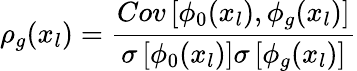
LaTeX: \rho_{g}(x_{l})=\frac{Cov\left[\phi_{0}(x_{l}),\phi_{g}(x_{l})\right]}{\sigma\left[\phi_{0}(x_{l})\right]\sigma\left[\phi_{g}(x_{l})\right]}